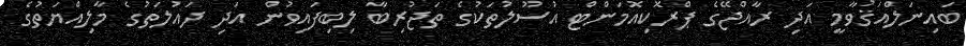
ބައިނަލްއަޤުވާމީ އަދި ރާއްޖޭގެ ޕްރޮކިއޮމަންޓް އުސޫލުތަކުގެ ތަޖުރިބާ ލިބިފައިވުން އަދި ދައުލަތުގެ މާލިއްޔަތުގެ